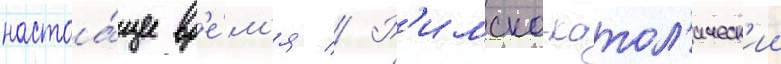
настоа́щее вр'е́м'я // Р'имско-катол'ическ'ии